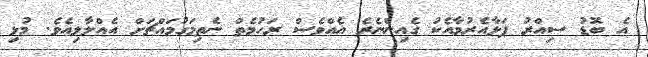
އެ ބޮޑު ސިއްރު ފަޅާއެރުމާއެކު ގެއިންނެރެ އެއްވެސް ރަހުމެތް ނެތިމަގުމައްޗަށް އެއްލާލިއެވެ. މުޅި